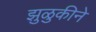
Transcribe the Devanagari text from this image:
झुळुकीने